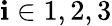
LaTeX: \mathbf{i}\in{1,2,3}